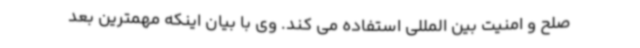
صلح و امنیت بین المللی استفاده می کند. وی با بیان اینکه مهمترین بعد